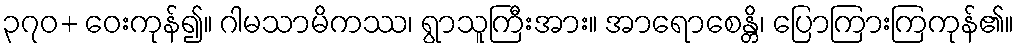
၃၇၀+ ဝေးကုန်၍။ ဂါမသာမိကဿ၊ ရွာသူကြီးအား။ အာရောစေန္တိ၊ ပြောကြားကြကုန်၏။